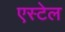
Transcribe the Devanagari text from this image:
एस्टेल